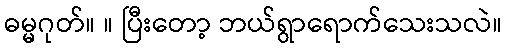
ဓမ္မဂုတ်။ ။ ပြီးတော့ ဘယ်ရွာရောက်သေးသလဲ။